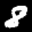
Digit: 8